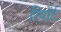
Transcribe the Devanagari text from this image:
रिपोंर्ट